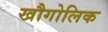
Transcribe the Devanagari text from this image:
खौगोलिक